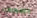
تضعف